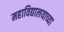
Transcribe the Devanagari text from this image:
महाविद्यालयाच्या